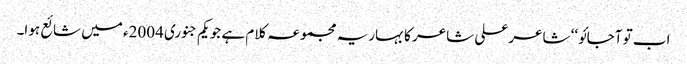
اب تو آجائو‘‘ شاعر علی شاعر کا بہاریہ مجموعہ کلام ہے جو یکم جنوری 2004ء میں شائع ہوا۔